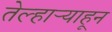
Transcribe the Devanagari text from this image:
तेल्हाऱ्याहून